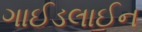
ગાઈડલાઈન